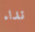
نداء